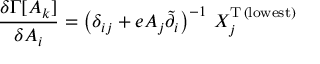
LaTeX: \frac { \delta \Gamma [ A _ { k } ] } { \delta A _ { i } } = \left( \delta _ { i j } + e A _ { j } \tilde { \partial } _ { i } \right) ^ { - 1 } \, X _ { j } ^ { \mathrm { T } \, \mathrm { ( l o w e s t ) } }